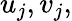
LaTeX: u_{j},v_{j},